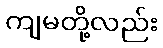
ကျမတို့လည်း